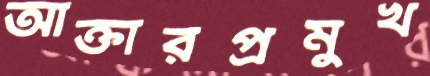
আক্তারপ্রমুখ